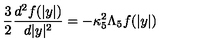
{ \frac { 3 } { 2 } } { \frac { d ^ { 2 } f ( | y | ) } { d | y | ^ { 2 } } } = - \kappa _ { 5 } ^ { 2 } \Lambda _ { 5 } f ( | y | )